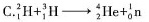
C. $$_{ 1} ^ { 2 }H+ _{1 } ^ { 3 }H \rightarrow_{ 2} ^ { 4 }He+ _{ 0 } ^ { 1}n $$